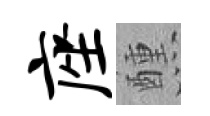
座醺